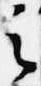
之